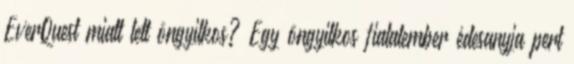
EverQuest miatt lett öngyilkos? Egy öngyilkos fiatalember édesanyja pert